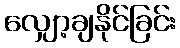
လျှော့ချနိုင်ခြင်း